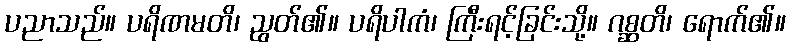
ပညာသည်။ ပရိဏမတိ၊ ညွတ်၏။ ပရိပါကံ၊ ကြီးရင့်ခြင်းသို့။ ဂစ္ဆတိ၊ ရောက်၏။